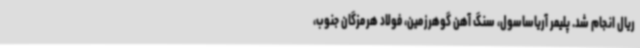
ریال انجام شد. پلیمر آریاساسول، سنگ آهن گوهرزمین، فولاد هرمزگان جنوب،